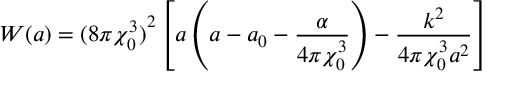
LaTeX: W ( a ) = { ( 8 \pi \chi _ { 0 } ^ { 3 } ) } ^ { 2 } \left[ a \left( a - a _ { 0 } - \frac { \alpha } { 4 \pi \chi _ { 0 } ^ { 3 } } \right) - \frac { k ^ { 2 } } { 4 \pi \chi _ { 0 } ^ { 3 } a ^ { 2 } } \right]